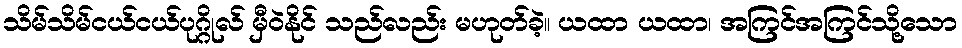
သိမ်သိမ်ငယ်ငယ်ပုဂ္ဂိုလ် မှီဝဲနိုင် သည်လည်း မဟုတ်ခဲ့။ ယထာ ယထာ၊ အကြင်အကြင်သို့သော